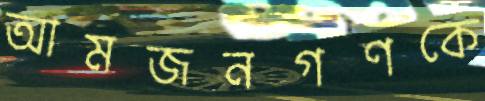
আমজনগণকে